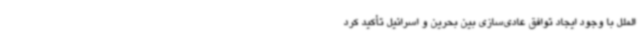
‌الملل با وجود ایجاد توافق عادی‌سازی بین بحرین و اسرائیل تأکید کرد